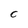
Character: c